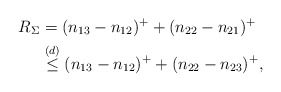
\begin{align*}R_{\Sigma} &= (n_{13}-n_{12})^+ + (n_{22}-n_{21})^+\\&\overset{(d)}{\leq} (n_{13}-n_{12})^+ + (n_{22}-n_{23})^+,\end{align*}